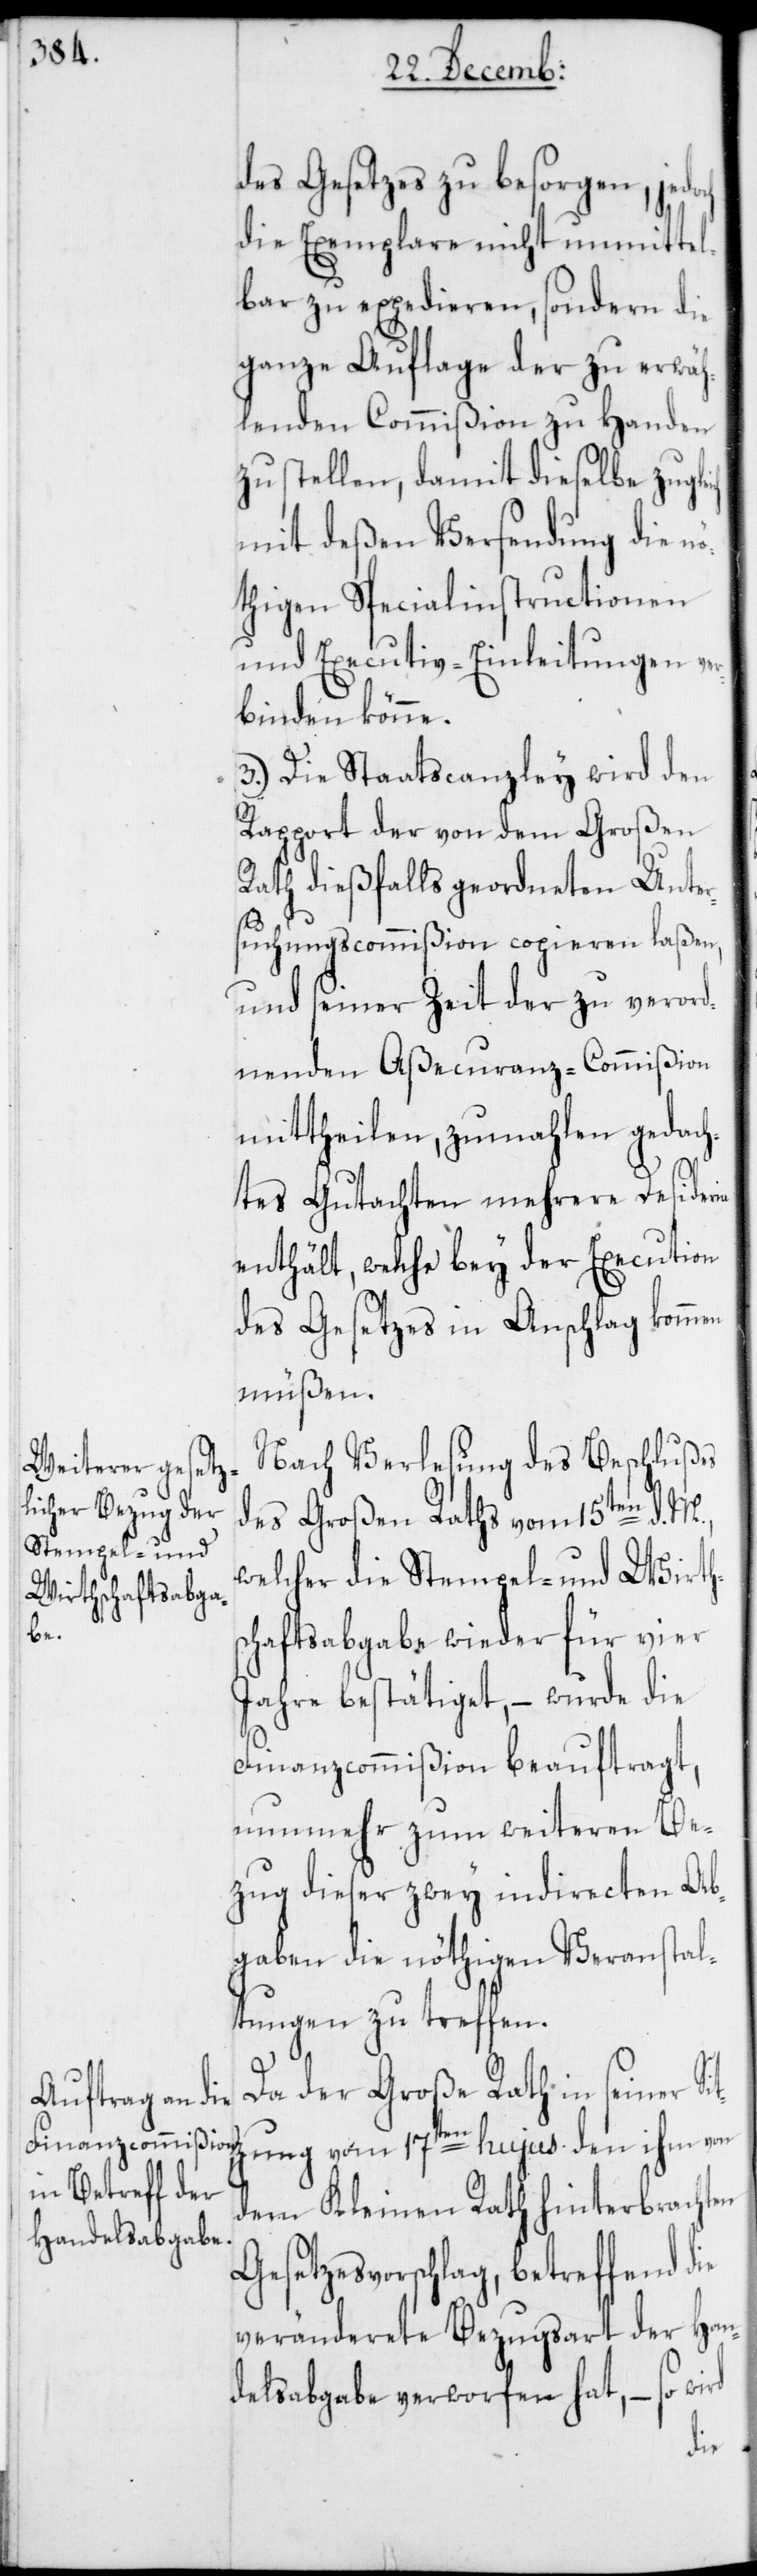
des Gesetzes zu besorgen, jedoch
die Exemplare nicht unmittel¬
bar zu expedieren, sondern die
ganze Auflage der zu erwäh¬
lenden Commißion zu Handen
zu stellen, damit dieselbe zugle¬
mit deßen Versendung die nö¬
thigen Specialinstructionen
und Executiv-Einleitungen ver¬
binden könne.
3.) Die Staatscanzley wird den
Rapport der von dem Großen
Rath dießfalls geordneten Unter¬
suchungscommißion copieren laßen,
und seiner Zeit der zu verord¬
nenden Aßecuranz-Commißion
mittheilen, zumahlen gedach¬
tes Gutachten mehrere Desideria
enthält, welche bey der Execution
des Gesetzes in Anschlag kommen
müßen.
Nach Verlesung des Beschlußes
ich
der Großen Raths vom 15ten d. M.,
welcher die Stempel- und Wirths¬
chaftsabgabe wieder für vier
Jahre bestätiget, – wurde die
Finanzcommißion beauftragt,
nunmehr zum weiteren Be¬
zug dieser zwey indirecten Ab¬
gaben die nöthigen Veranstal¬
tungen zu treffen.
Da der Große Rath in seiner Si¬
tzung vom 17ten hujus den ihm von
dem Kleinen Rath hinterbrachten
Gesetzesvorschlag, betreffend die
veränderete Bezugsart der Han¬
delsabgabe verworfen hat, – so wi¬
rd